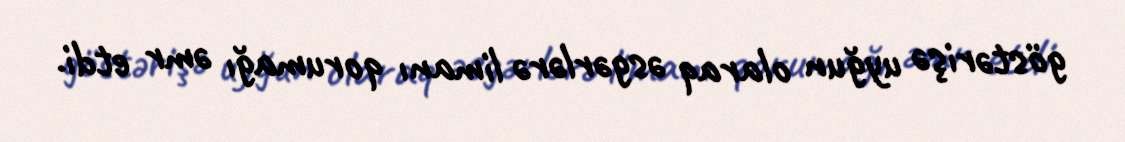
göstərişə uyğun olaraq əsgərlərə limanı qorumağı əmr etdi.